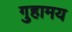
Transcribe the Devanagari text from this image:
गुहामय